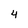
Character: 4